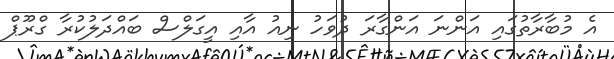
އެ މުބާރާތުގައި އަންނަ އަންގާރަ ދުވަހު ނިއު އާއި އީގަލްސް ބައްދަލުކުރާ ގްރޫޕް